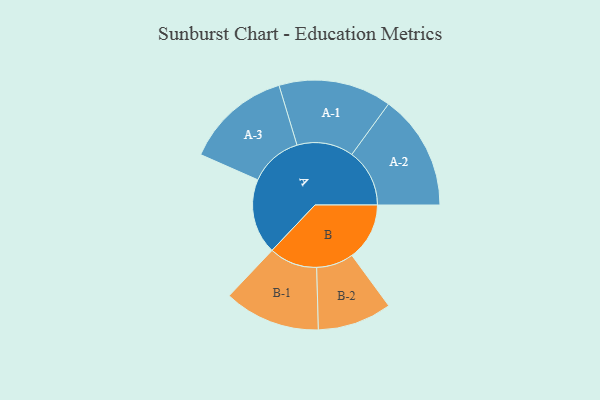
{"axis": {"x": "Segment", "y": "Value"}, "legend": ["", "A", "B"], "data": [{"x": "A", "y": 361, "type": ""}, {"x": "B", "y": 276, "type": ""}, {"x": "A-1", "y": 271, "type": "A"}, {"x": "A-2", "y": 277, "type": "A"}, {"x": "A-3", "y": 254, "type": "A"}, {"x": "B-1", "y": 231, "type": "B"}, {"x": "B-2", "y": 178, "type": "B"}]}